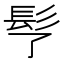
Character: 𩫶